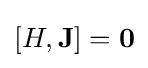
[H,\mathbf {J} ]=\mathbf {0}